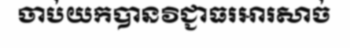
ចាប់យកបានវិជ្ជាធរអារសាច់